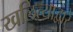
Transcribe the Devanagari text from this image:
खलित्याद्वारे